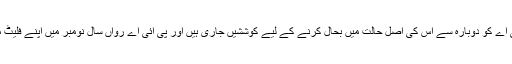
مشہود تاجور نے کہا کہ پی آئی اے کو دوبارہ سے اس کی اصل حالت میں بحال کرنے کے لیے کوششیں جاری ہیں اور پی آئی اے رواں سال نومبر میں اپنے فلیٹ میں دو جہاز شامل کر رہی ہے۔